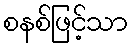
စနစ်ဖြင့်သာ